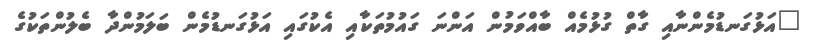
"އަޅުގަނޑުމެންނާއި ގާތް ގުޅުމެއް ބާއްވަމުން އަންނަ ގައުމުތަކާއި އެކުގައި އަޅުގަނޑުމެން ބަލަމުންދާ ބެލުންތަކުގެ